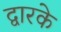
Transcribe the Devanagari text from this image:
द्वारके